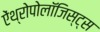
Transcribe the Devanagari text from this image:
ऐंथ्रोपोलॉजिस्ट्स